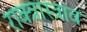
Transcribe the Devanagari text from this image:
राक्त्रास्त्राव